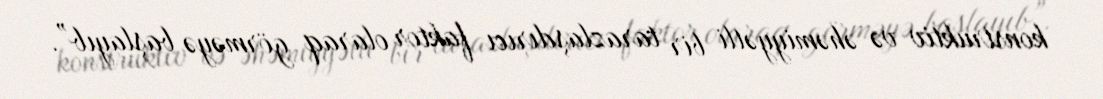
konstruktiv və əhəmiyyətli bir tarazlaşdırıcı faktor olaraq görməyə başlayıb”.